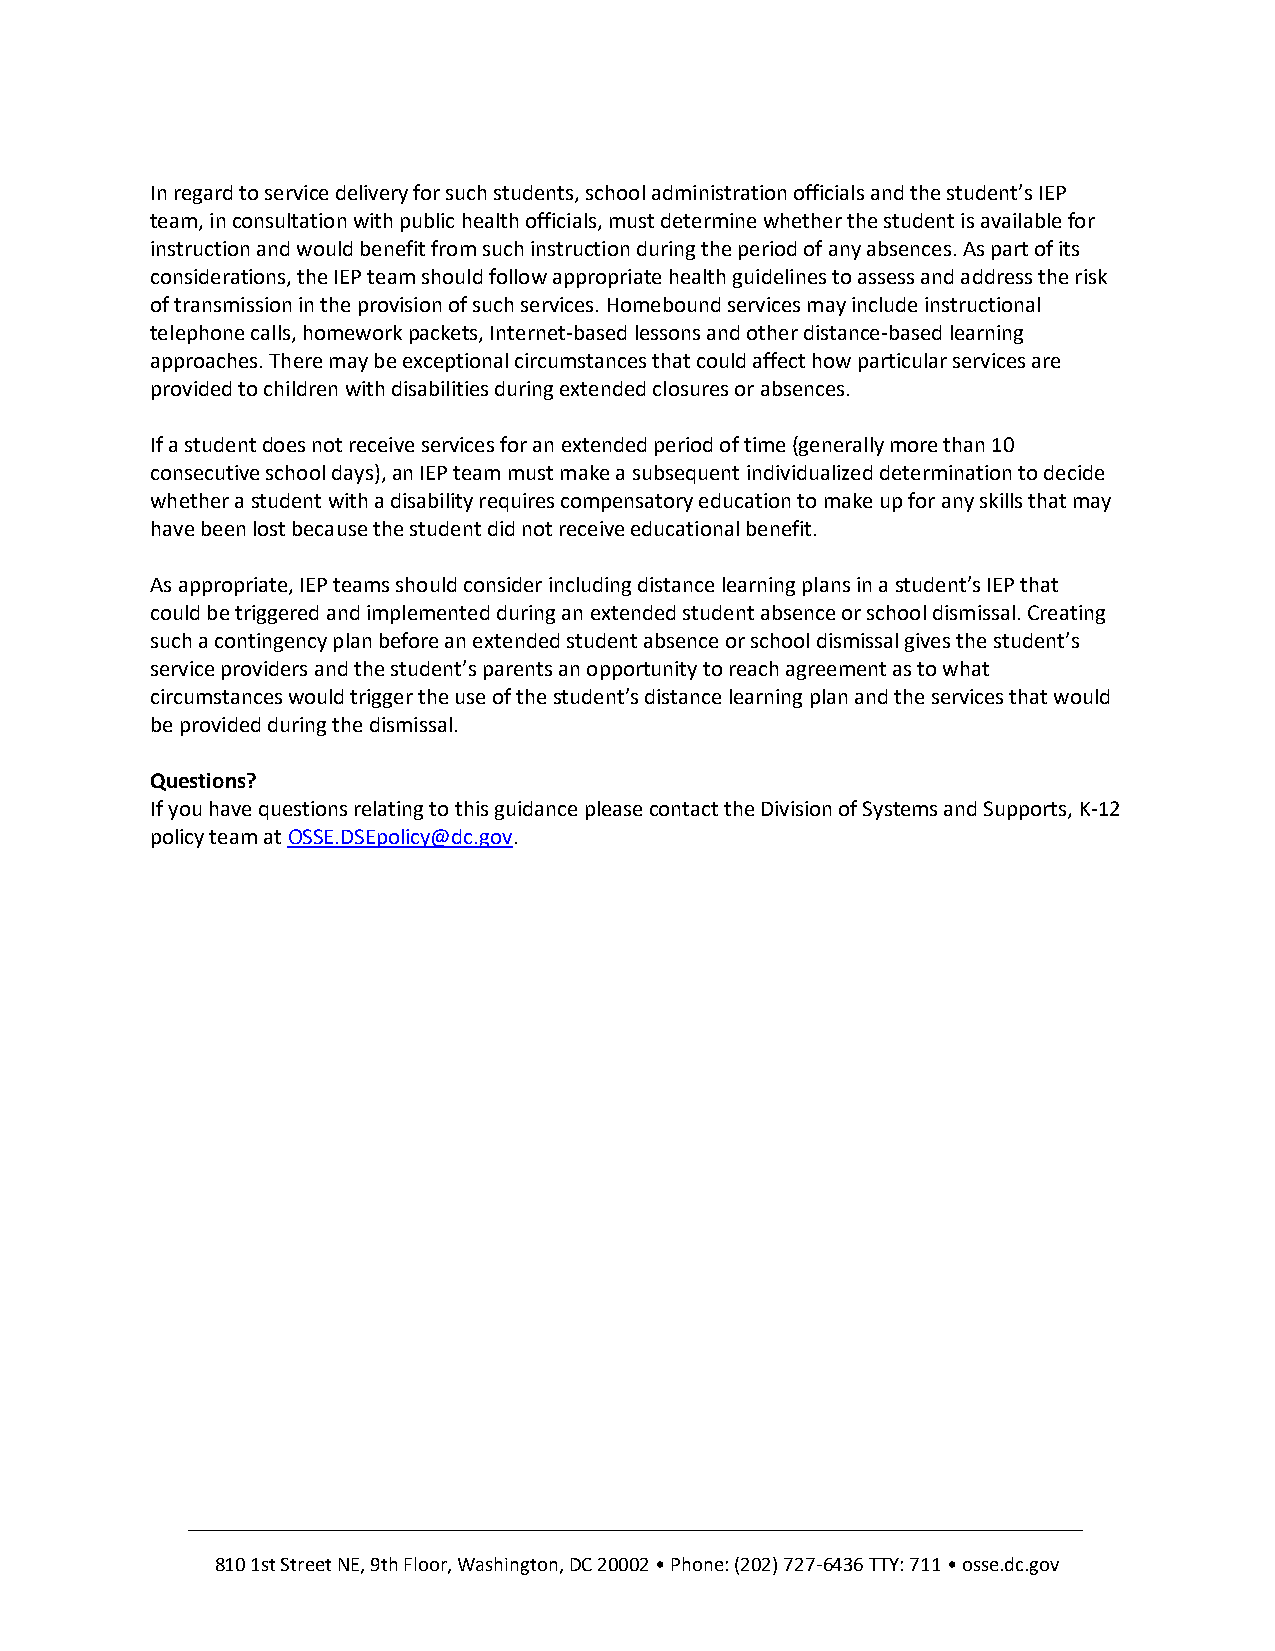
In regard to service delivery for such students, school administration officials and the student’s IEP
 team, in consultation with public health officials, must determine whether the student is available for
 instruction and would benefit from such instruction during the period of any absences. As part of its
 considerations, the IEP team should follow appropriate health guidelines to assess and address the risk
 of transmission in the provision of such services. Homebound services may include instructional
 telephone calls, homework packets, Internet-based lessons and other distance-based learning
 approaches. There may be exceptional circumstances that could affect how particular services are
 provided to children with disabilities during extended closures or absences.
 If a student does not receive services for an extended period of time (generally more than 10
 consecutive school days), an IEP team must make a subsequent individualized determination to decide
 whether a student with a disability requires compensatory education to make up for any skills that may
 have been lost because the student did not receive educational benefit.
 As appropriate, IEP teams should consider including distance learning plans in a student’s IEP that
 could be triggered and implemented during an extended student absence or school dismissal. Creating
 such a contingency plan before an extended student absence or school dismissal gives the student’s
 service providers and the student’s parents an opportunity to reach agreement as to what
 circumstances would trigger the use of the student’s distance learning plan and the services that would
 be provided during the dismissal.
 Questions?
 If you have questions relating to this guidance please contact the Division of Systems and Supports, K-12
 policy team at OSSE.DSEpolicy@dc.gov.
 810 1st Street NE, 9th Floor, Washington, DC 20002 • Phone: (202) 727-6436 TTY: 711 • osse.dc.gov